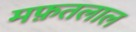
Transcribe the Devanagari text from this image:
मफ़तलाल